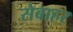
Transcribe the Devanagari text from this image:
सेबाहर